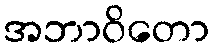
အဘာဝိတော